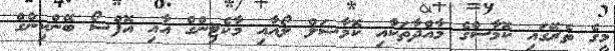
މީގެ ތެރޭގައި ކޮމާސްގެ މާއްދާތަކާއި ކޮމާޝަލް ލޯއާއި މާކެޓިންގް އާއި އޮފްޝޯ ބޭންކިންގް